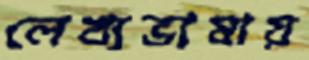
লেখ্যভাষায়